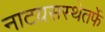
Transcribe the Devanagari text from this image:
नाटय़सस्थेतर्फे